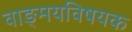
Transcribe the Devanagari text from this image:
वाङ्‌मयविषयक